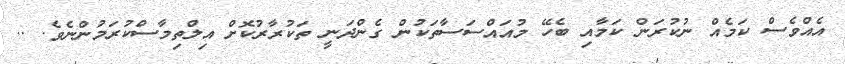
އެއްވެސް ކަމެއް ނުކުރަން ކަމާއި ބެހޭ މުއައްސަސާތަކުން ގެންދަނީ ތަކުރާރުކޮށް އިލްތިމާސްކުރަމުންނެވެ. ..